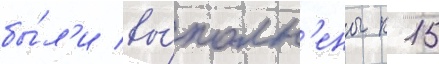
бы́л'и вы́полн'ены к 15